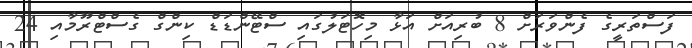
ފަސްތަރީގެ ފެންވަރަށް 8 ބުރިއަށް އަޅާ މިހޮޓަލުގައި ސްޓޭންޑަޑް ކިންގް ގެސްޓްރޫމާއި 24